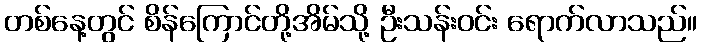
တစ်နေ့တွင် စိန်ကြောင်တို့အိမ်သို့ ဦးသန်းဝင်း ရောက်လာသည်။